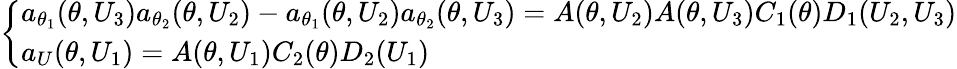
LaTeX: \left\{ \begin{array}{ll}{a_{\theta_{1}}(\theta,U_{3})a_{\theta_{2}}(\theta,U_{2})-a_{\theta_{1}}(\theta,U_{2})a_{\theta_{2}}(\theta,U_{3})=A(\theta,U_{2})A(\theta,U_{3})C_{1}(\theta)D_{1}(U_{2},U_{3})}\\ {a_{U}(\theta,U_{1})=A(\theta,U_{1})C_{2}(\theta)D_{2}(U_{1})}\end{array}\right.